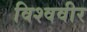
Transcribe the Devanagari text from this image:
विश्ववीर